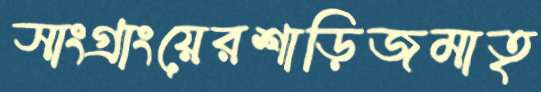
সাংগ্রাংয়েরশাড়িজমাতৃ